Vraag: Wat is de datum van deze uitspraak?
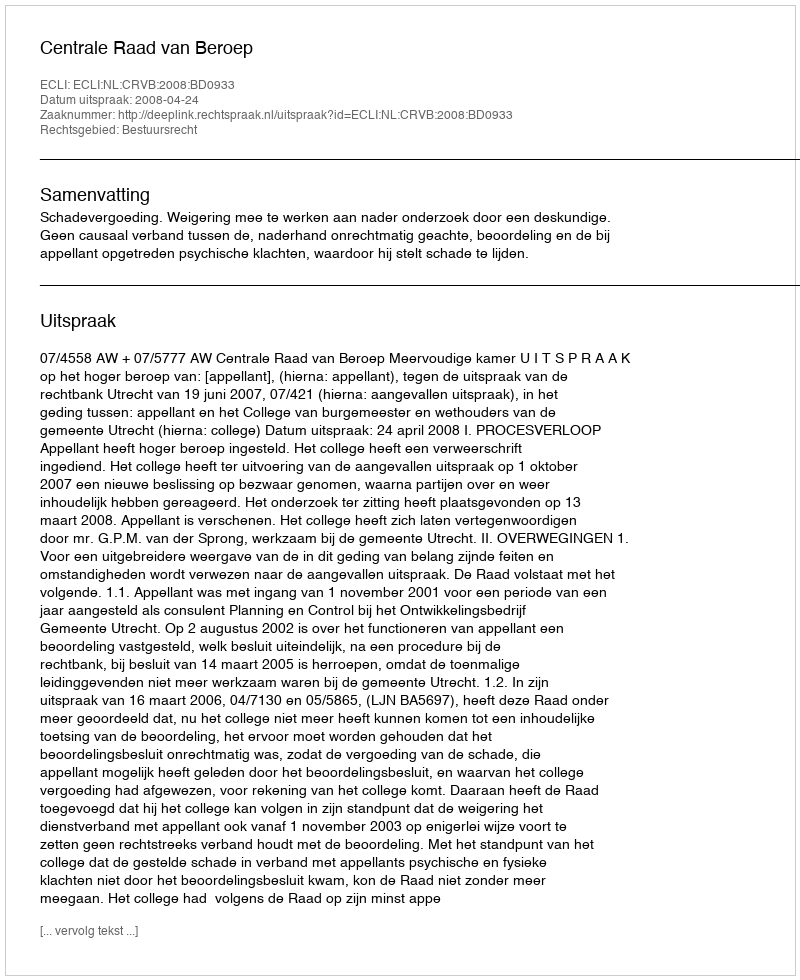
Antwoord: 2008-04-24